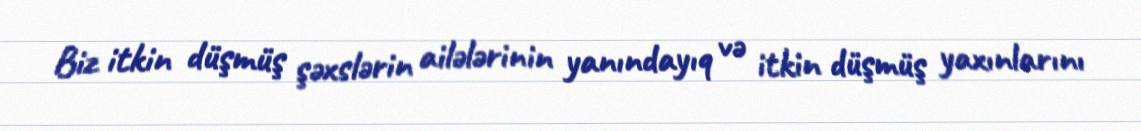
Biz itkin düşmüş şəxslərin ailələrinin yanındayıq və itkin düşmüş yaxınlarını